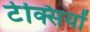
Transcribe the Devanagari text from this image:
टेक्सियों